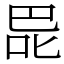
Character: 巼